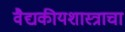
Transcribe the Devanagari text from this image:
वैद्यकीयशास्त्राचा